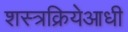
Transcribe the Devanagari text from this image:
शस्त्रक्रियेआधी